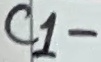
Text: C1-